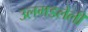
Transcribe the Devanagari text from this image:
उलगडलेली